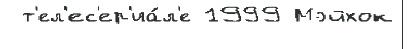
 т'ел'ес'ер'иа́л'е 1999 Мэйхок